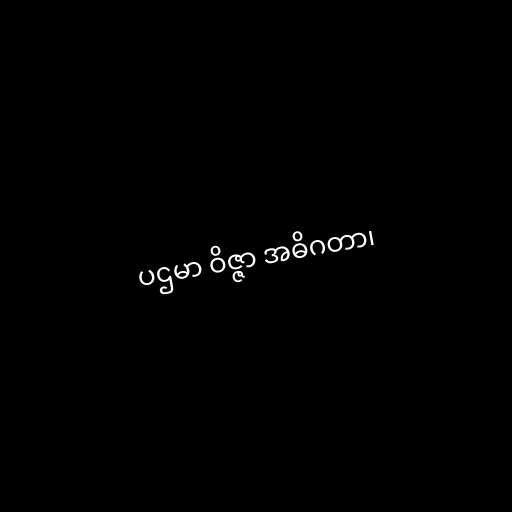
ပဌမာ ဝိဇ္ဇာ အဓိဂတာ၊